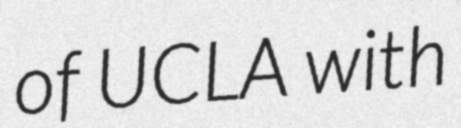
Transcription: of UCLA with